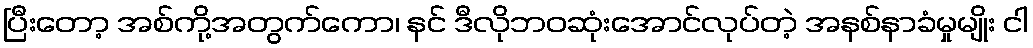
ပြီးတော့ အစ်ကို့အတွက်ကော၊ နင် ဒီလိုဘဝဆုံးအောင်လုပ်တဲ့ အနစ်နာခံမှုမျိုး ငါ